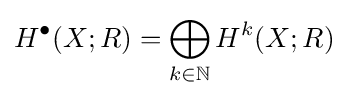
H^{\bullet }(X;R)=\bigoplus _{k\in \mathbb {N} }H^{k}(X;R)